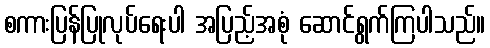
စကားပြန်ပြုလုပ်ရေးပါ အပြည့်အစုံ ဆောင်ရွက်ကြပါသည်။